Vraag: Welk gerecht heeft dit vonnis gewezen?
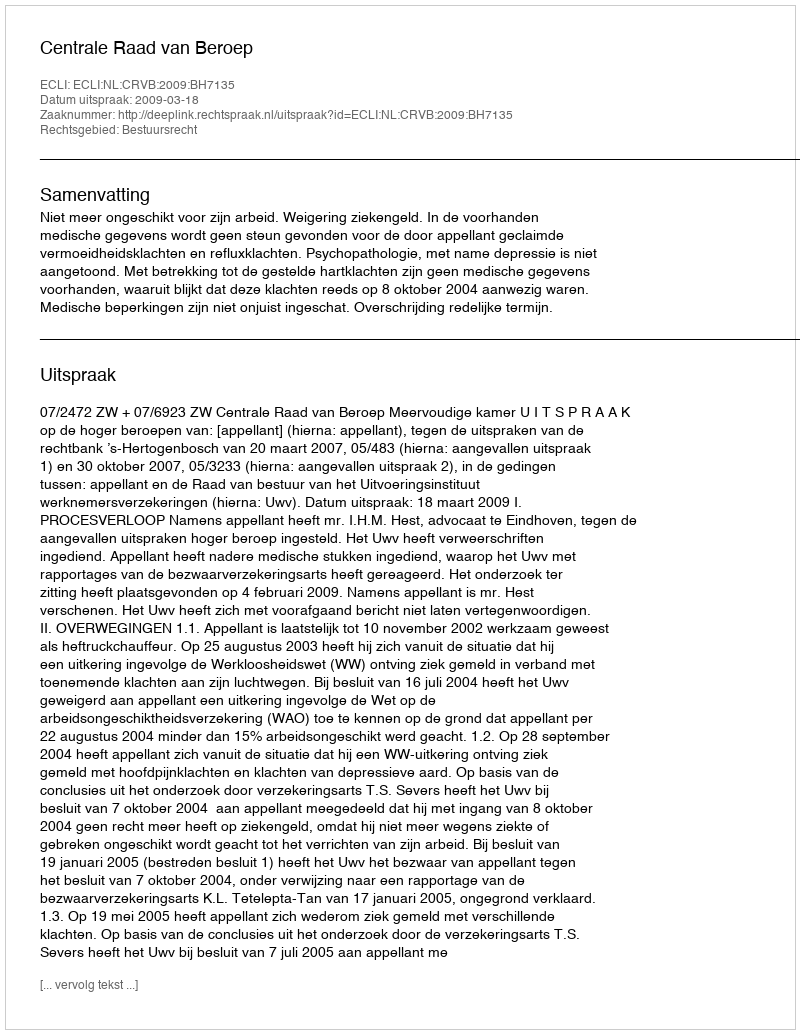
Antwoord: Centrale Raad van Beroep